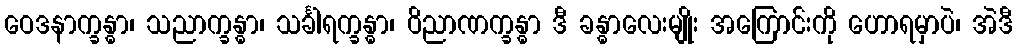
ဝေဒနာက္ခန္ဓာ၊ သညာက္ခန္ဓာ၊ သင်္ခါရက္ခန္ဓာ၊ ဝိညာဏက္ခန္ဓာ ဒီ ခန္ဓာလေးမျိုး အကြောင်းကို ဟောရမှာပဲ၊ အဲဒီ